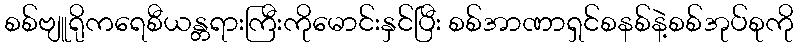
စစ်ဗျူရိုကရေစီယန္တရားကြီးကိုမောင်းနှင်ပြီး စစ်အာဏာရှင်စနစ်နဲ့စစ်အုပ်စုကို